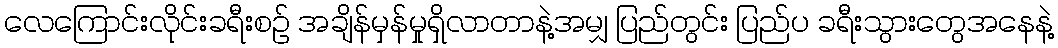
လေကြောင်းလိုင်းခရီးစဉ် အချိန်မှန်မှုရှိလာတာနဲ့အမျှ ပြည်တွင်း ပြည်ပ ခရီးသွားတွေအနေနဲ့